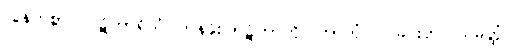
လွန်ကဲစွာ။ ပါဋိဟာရိယံ၊ တန်ခိုးပြာဋိဟာကို။ ကာတုံ၊ ပြုခြင်းငှာ။ သမတ္ထံ၊